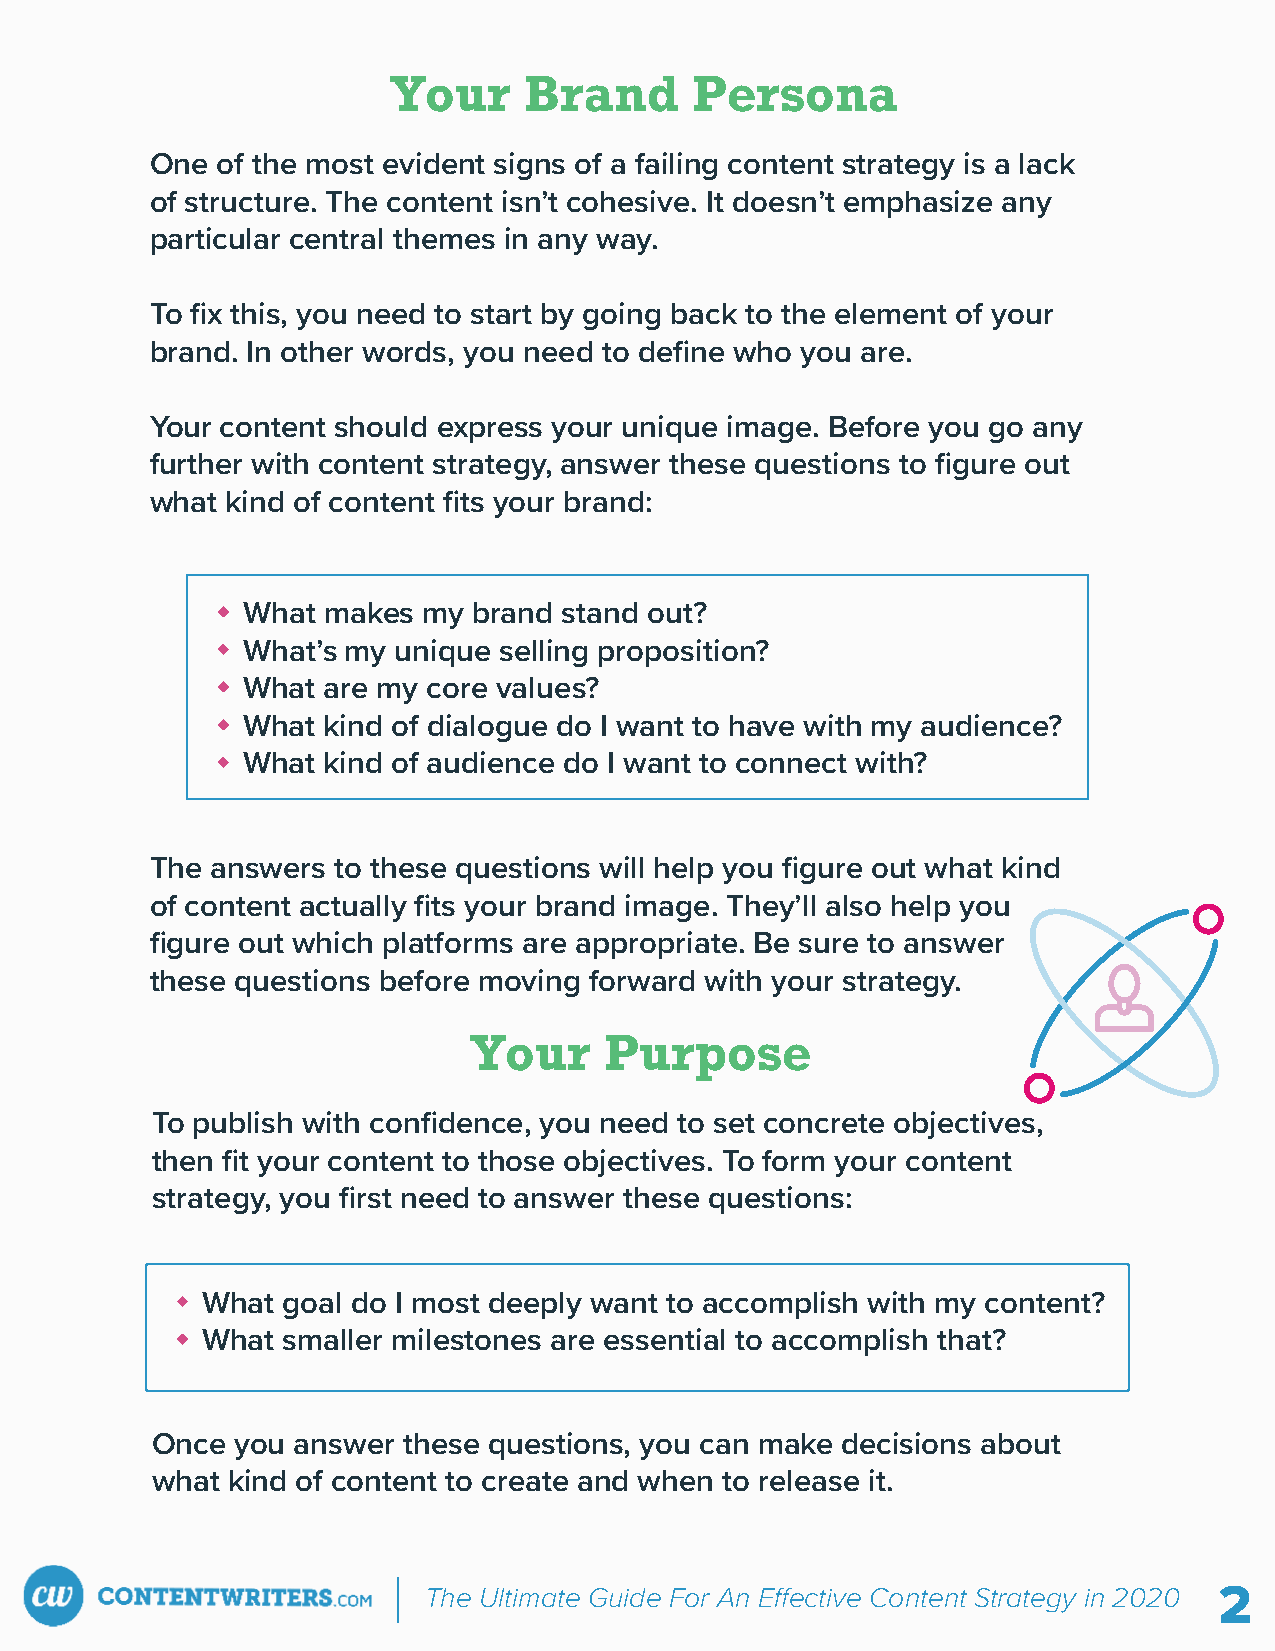
Your     Brand      Persona
 One of the most evident signs of a failing content strategy is a lack
 of structure. The content isn’t cohesive. It doesn’t emphasize any
 particular central themes in any way.
 To fix this, you need to start by going back to the element of your
 brand. In other words, you need to define who you are.
 Your content should express your unique image. Before you go any
 further with content strategy, answer these questions to figure out
 what kind of content fits your brand:
 What makes  my brand stand out?
 What’s my unique selling proposition?
 What are my core values?
 What kind of dialogue do I want to have with my audience?
 What kind of audience do I want to connect with?
 The answers to these questions will help you figure out what kind
 of content actually fits your brand image. They’ll also help you
 figure out which platforms are appropriate. Be sure to answer
 these questions before moving forward with your strategy.
 Your     Purpose
 To publish with confidence, you need to set concrete objectives,
 then fit your content to those objectives. To form your content
 strategy, you first need to answer these questions:
 What  goal do I most deeply want to accomplish with my content?
 What  smaller milestones are essential to accomplish that?
 Once  you answer these questions, you can make decisions about
 what kind of content to create and when to release it.
 The Ultimate Guide For An E ective Content Strategy in 2020 2